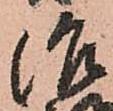
治